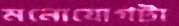
মনোযোগটা